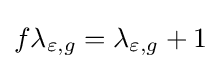
f\lambda _{\varepsilon ,g}=\lambda _{\varepsilon ,g}+1